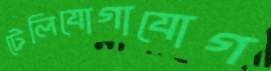
টেলিযোগাযোগ